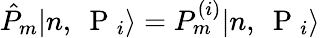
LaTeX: \hat{P}_{m}|n,\mathrm{~\mathbf~P~}_{i}\rangle=P_{m}^{(i)}|n,\mathrm{~\mathbf~P~}_{i}\rangle